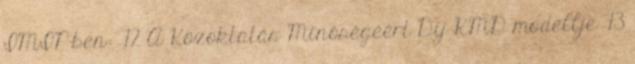
IMIP-ben: 72 A Közoktatás Minőségéért Díj KMD modellje 73